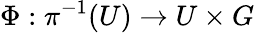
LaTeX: \Phi:\pi^{-1}(U)\to U\times G